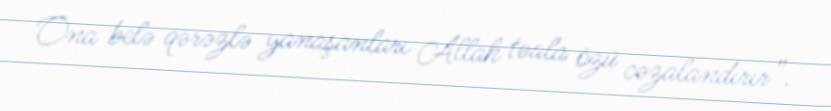
Ona belə qərəzlə yanaşanları Allah təala özü cəzalandırır”.